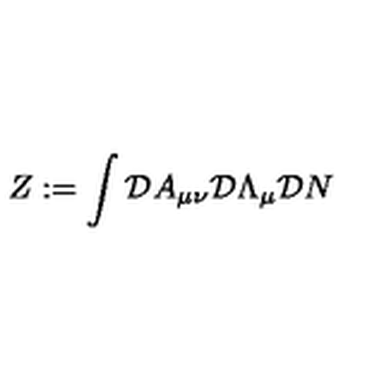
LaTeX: Z : = \int { \cal D } A _ { \mu \nu } { \cal D } \Lambda _ { \mu } { \cal D } N